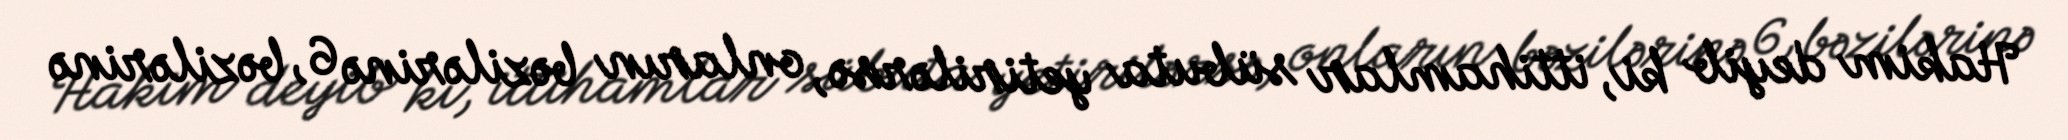
Hakim deyib ki, ittihamlar sübuta yetirilərsə, onların bəzilərinə 6, bəzilərinə